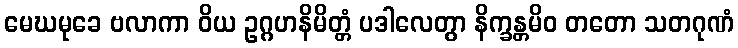
မေဃမုခေ ဗလာကာ ဝိယ ဥဂ္ဂဟနိမိတ္တံ ပဒါလေတွာ နိက္ခန္တမိဝ တတော သတဂုဏံ